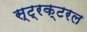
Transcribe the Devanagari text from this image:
स्ट्रक्टरल